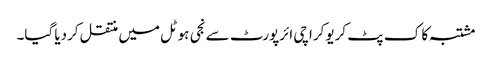
مشتبہ کا ک پٹ کریو کراچی ائرپورٹ سے نجی ہوٹل میں منتقل کردیا گیا۔